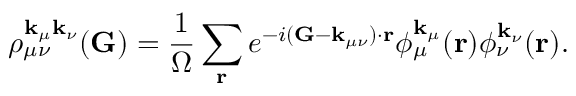
\rho _ { \mu \nu } ^ { \mathbf { k } _ { \mu } \mathbf { k } _ { \nu } } ( \mathbf { G } ) = \frac { 1 } { \Omega } \sum _ { \mathbf { r } } e ^ { - i ( \mathbf { G } - \mathbf { k } _ { \mu \nu } ) \cdot \mathbf { r } } \phi _ { \mu } ^ { \mathbf { k } _ { \mu } } ( \mathbf { r } ) \phi _ { \nu } ^ { \mathbf { k } _ { \nu } } ( \mathbf { r } ) .